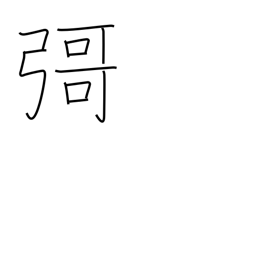
Meaning: (ghost kanji)